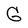
Character: G